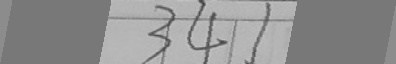
3 4 1